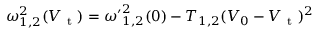
\omega _ { 1 , 2 } ^ { 2 } ( V _ { \mathrm { ~ t ~ } } ) = { \omega ^ { \prime } } _ { 1 , 2 } ^ { 2 } ( 0 ) - T _ { 1 , 2 } ( V _ { 0 } - V _ { \mathrm { ~ t ~ } } ) ^ { 2 }